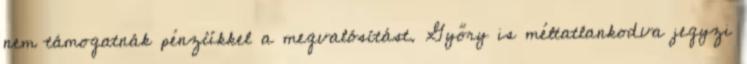
nem támogatnák pénzükkel a megvalósítást. Győry is méltatlankodva jegyzi